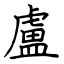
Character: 盧